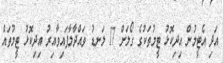
އަދި އެޓީމުން އިދިކޮޅު ޓީމުތަކުގެ ގޯލަށް 17 ލަނޑު ވައްދާލާފައިވާއިރު އިދިކޮޅު ޓީމުތައް